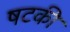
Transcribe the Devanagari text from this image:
षटकी